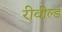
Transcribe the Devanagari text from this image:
रीवील्ड